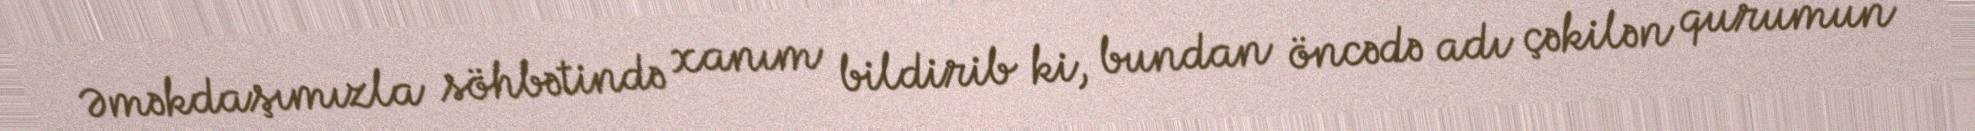
Əməkdaşımızla söhbətində xanım bildirib ki, bundan öncədə adı çəkilən qurumun